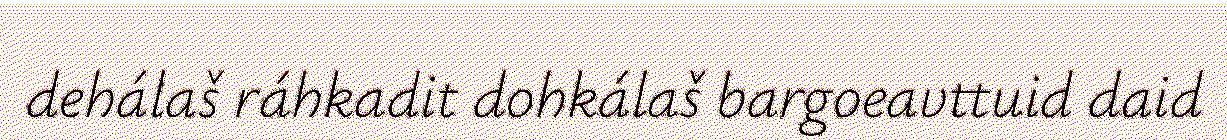
dehálaš ráhkadit dohkálaš bargoeavttuid daid